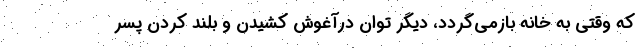
كه وقتي به خانه بازمي‌گردد، ديگر توان درآغوش كشيدن و بلند كردن پسر